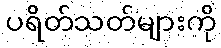
ပရိတ်သတ်များကို